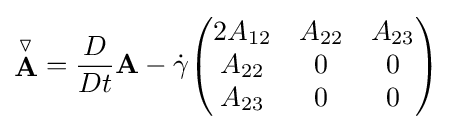
{\stackrel {\triangledown }{\mathbf {A} }}={\frac {D}{Dt}}\mathbf {A} -{\dot {\gamma }}{\begin{pmatrix}2A_{12}&A_{22}&A_{23}\\A_{22}&0&0\\A_{23}&0&0\end{pmatrix}}